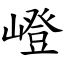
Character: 嶝